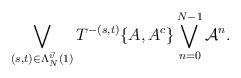
LaTeX: \begin{align*} \bigvee_{(s,t)\in\Lambda_N^{\vec{v}}(1)}T^{-(s,t)}\{A,A^c\}\bigvee_{n=0}^{N-1}\mathcal{A}^n. \end{align*}